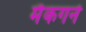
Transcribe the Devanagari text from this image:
मैकगर्न